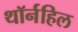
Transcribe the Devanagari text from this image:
थॉर्नहिल